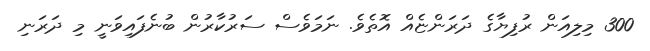
300 މިލިއަން ރުފިޔާގެ ދަރަންޏެއް އޮތެވެ. ނަމަވެސް ސަރުކާރުން ބުނެފައިވަނީ މި ދަރަނި